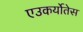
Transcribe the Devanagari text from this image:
एउकर्योतेस